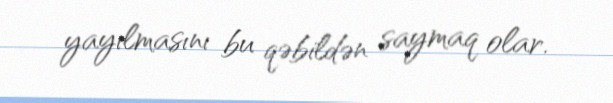
yayılmasını bu qəbildən saymaq olar.